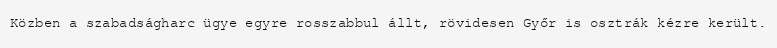
Közben a szabadságharc ügye egyre rosszabbul állt, rövidesen Győr is osztrák kézre került.